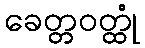
ခေတ္တဝတ္ထုံ